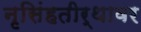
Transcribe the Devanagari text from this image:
नृसिंहतीर्थावर